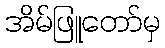
အိမ်ဖြူတော်မှ